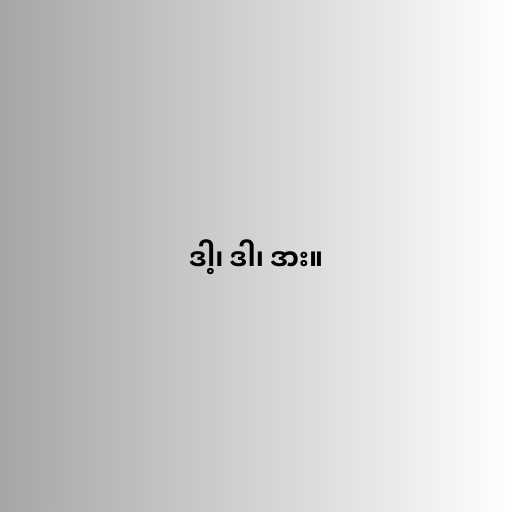
ဒါ့၊ ဒါ၊ ဒား။